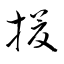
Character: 援